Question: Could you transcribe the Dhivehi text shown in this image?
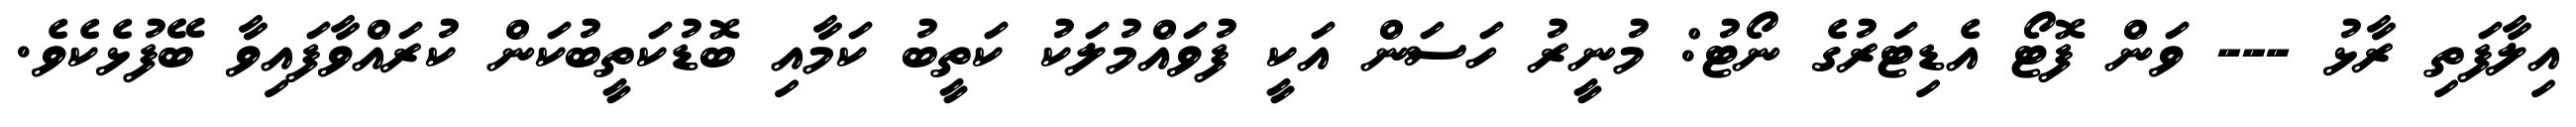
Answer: އިލާފަތި ރާޅު --- ވަން ފޮޓޯ އެޑިޓަރުގެ ނޯޓު: މުނީރު ހަސަން އަކީ ފުވައްމުލަކު ކަތީބު ކަމާއި ބޮޑުކަތީބުކަން ކުރައްވާފައިވާ ބޭފުޅެކެވެ.